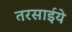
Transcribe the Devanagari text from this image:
तरसाईये